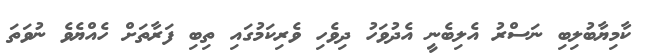
ކާމިޔާބުލިބި ނަސްރު އެލިބެނީ އެދުވަހު ދިވެހި ވެރިކަމުގައި ތިބި ފަރާތަށް ހެއްޔެވެ ނުވަތަ